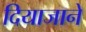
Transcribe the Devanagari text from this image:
दियाजाने